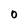
Character: 0